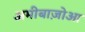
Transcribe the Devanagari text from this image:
अमीबाज़ोआ